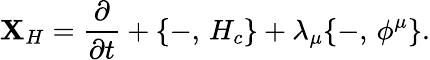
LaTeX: {\mathbf X_{H}}={\frac{\partial}{\partial t}}+\{ -,\, H_{c}\} +\lambda_{\mu}\{ -,\, \phi^{\mu}\} .